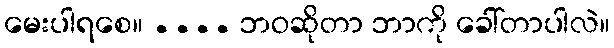
မေးပါရစေ။ .... ဘဝဆိုတာ ဘာကို ခေါ်တာပါလဲ။